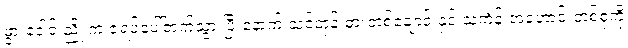
ဖွားဒေါင်းညို က ဇရပ်ပေါ်တက်သွားပြီးနောက် သင်တုန်းဓားတစ်ချောင်းနှင့် သင်္ကန်းအဟောင်းတစ်စုံကို